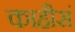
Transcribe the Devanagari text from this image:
काहीसं